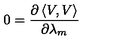
0 = \frac { \partial \left\langle V , V \right\rangle } { \partial \lambda _ { m } }